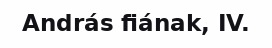
András fiának, IV.